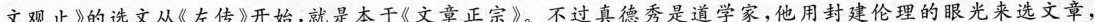
文观止》的选文从《左传》开始，就是本于《文章正宗》。不过真德秀是道学家，他用封建伦理的眼光来选文章，